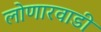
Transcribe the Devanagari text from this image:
लोणारवाडी